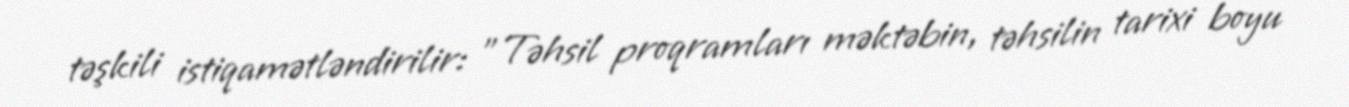
təşkili istiqamətləndirilir: "Təhsil proqramları məktəbin, təhsilin tarixi boyu